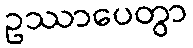
ဥဿာပေတွာ